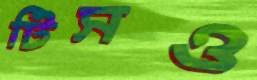
টিসও